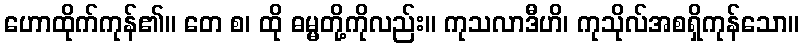
ဟောထိုက်ကုန်၏။ တေ စ၊ ထို ဓမ္မတို့ကိုလည်း။ ကုသလာဒီဟိ၊ ကုသိုလ်အစရှိကုန်သော။